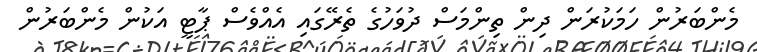
މެންބަރުން ހަމަކުރަން ދިން ތިންމަސް ދުވަހުގެ ތެރޭގައި އެއްވެސް ޕާޓީ އަކުން މެންބަރުން